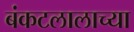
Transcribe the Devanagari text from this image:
बंकटलालाच्या